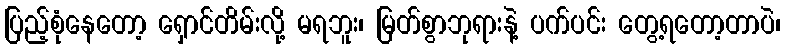
ပြည့်စုံနေတော့ ရှောင်တိမ်းလို့ မရဘူး၊ မြတ်စွာဘုရားနဲ့ ပက်ပင်း တွေ့ရတော့တာပဲ၊